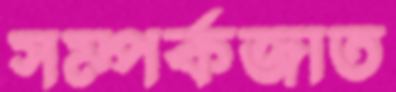
সম্পর্কজাত